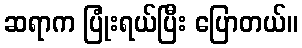
ဆရာက ပြုံးရယ်ပြီး ပြောတယ်။